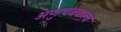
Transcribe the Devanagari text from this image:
अणुचंबकत्व